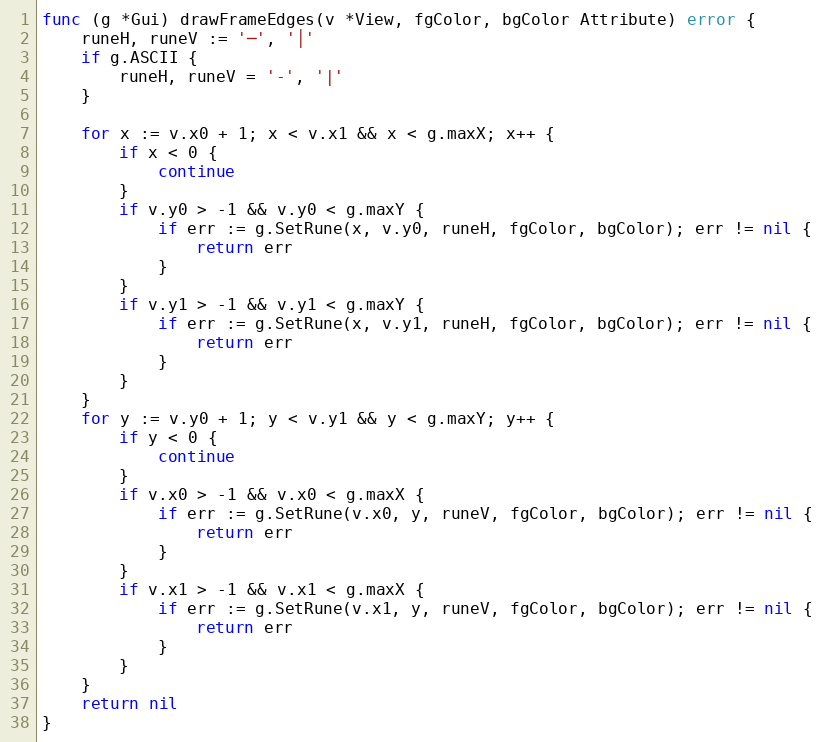
Language: Go
func (g *Gui) drawFrameEdges(v *View, fgColor, bgColor Attribute) error {
	runeH, runeV := '─', '│'
	if g.ASCII {
		runeH, runeV = '-', '|'
	}

	for x := v.x0 + 1; x < v.x1 && x < g.maxX; x++ {
		if x < 0 {
			continue
		}
		if v.y0 > -1 && v.y0 < g.maxY {
			if err := g.SetRune(x, v.y0, runeH, fgColor, bgColor); err != nil {
				return err
			}
		}
		if v.y1 > -1 && v.y1 < g.maxY {
			if err := g.SetRune(x, v.y1, runeH, fgColor, bgColor); err != nil {
				return err
			}
		}
	}
	for y := v.y0 + 1; y < v.y1 && y < g.maxY; y++ {
		if y < 0 {
			continue
		}
		if v.x0 > -1 && v.x0 < g.maxX {
			if err := g.SetRune(v.x0, y, runeV, fgColor, bgColor); err != nil {
				return err
			}
		}
		if v.x1 > -1 && v.x1 < g.maxX {
			if err := g.SetRune(v.x1, y, runeV, fgColor, bgColor); err != nil {
				return err
			}
		}
	}
	return nil
}